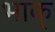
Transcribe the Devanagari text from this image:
भाक्‌